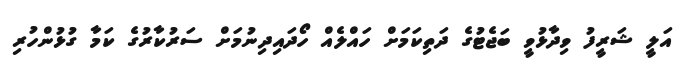
އަލީ ޝަރީފު ވިދާޅުވީ ބަޖެޓުގެ ދަތިކަމަށް ހައްލެއް ހޯދައިދިނުމަށް ސަރުކާރުގެ ކަމާ ގުޅުންހުރި